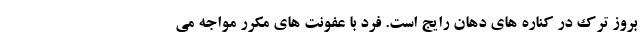
بروز ترک در کناره های دهان رایج است. فرد با عفونت های مکرر مواجه می